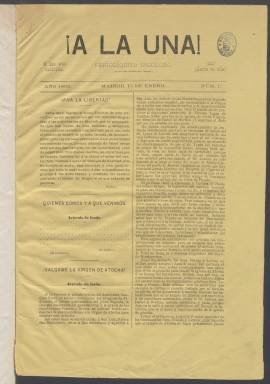
Título: ¡A la una! (Madrid)
Otros títulos: ¡¡A las dos!! || ¡A las dos y cuarto! || ¡A las dos y media! || ¡¡A las tres menos un minuto!! || ¡¡ A las tres menos cincuenta segundos!! || A las tres menos treinta segundos
Colección: Periódicos
Ámbito geográfico: Madrid
Lugar de publicación: Madrid
Fechas: 15/01/1869-13/08/1869